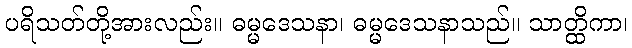
ပရိသတ်တို့အားလည်း။ ဓမ္မဒေသနာ၊ ဓမ္မဒေသနာသည်။ သာတ္ထိကာ၊